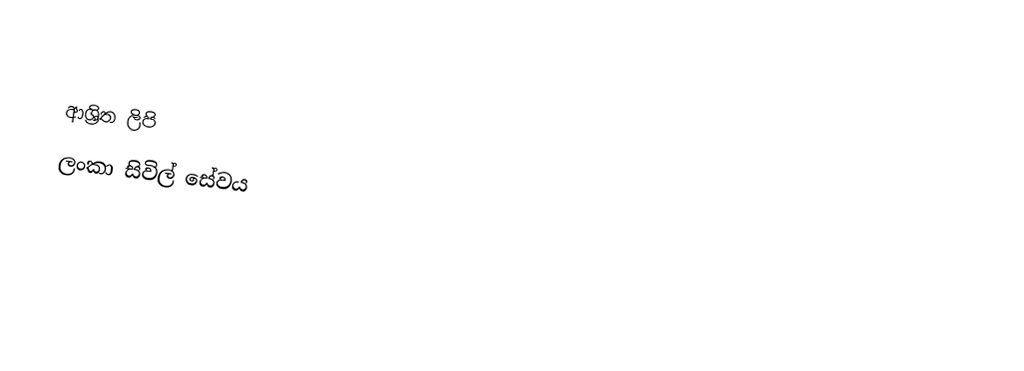

ආශ්‍රිත ලිපි
 ලංකා සිවිල් සේවය